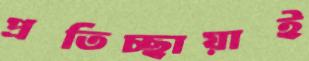
প্রতিচ্ছায়াই